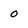
Character: 0